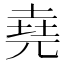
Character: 堯